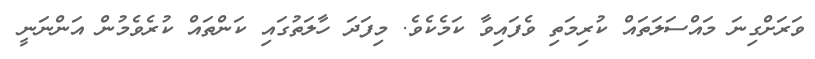
ވަރަށްގިނަ މައްސަލަތައް ކުރިމަތި ވެފައިވާ ކަމެކެވެ. މިފަދަ ހާލަތުގައި ކަންތައް ކުރެވެމުން އަންނަނީ